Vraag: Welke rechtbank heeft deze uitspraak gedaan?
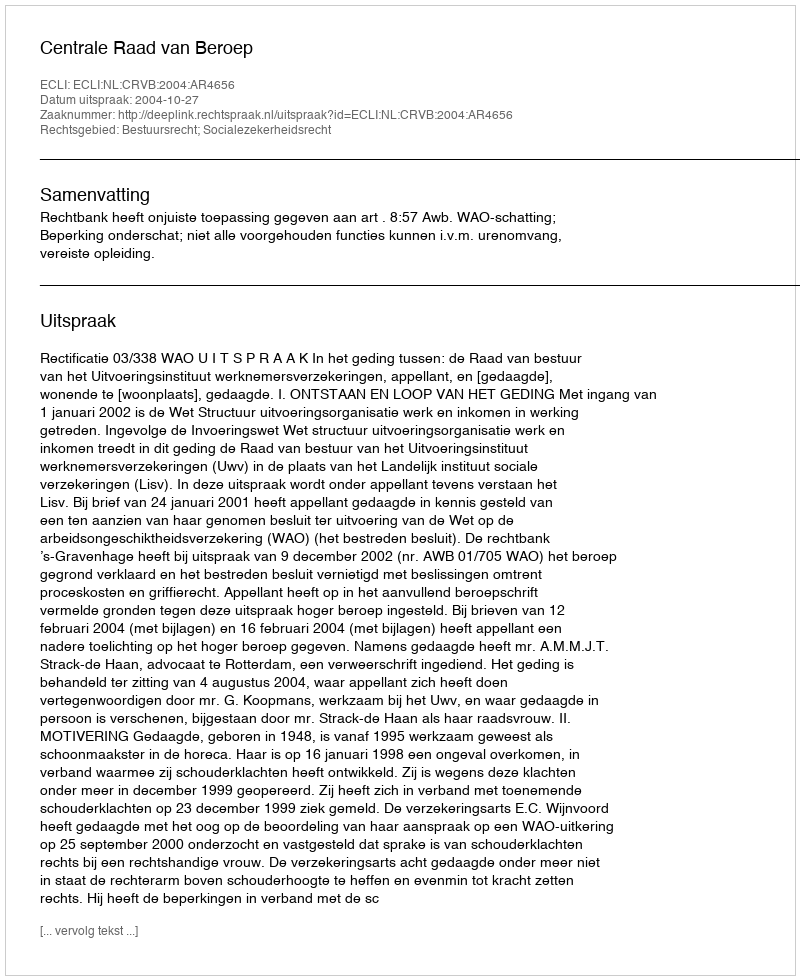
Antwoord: Centrale Raad van Beroep